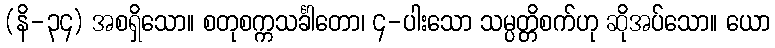
(နိ-၃၄) အစရှိသော။ စတုစက္ကသင်္ခါတော၊ ၄-ပါးသော သမ္ပတ္တိစက်ဟု ဆိုအပ်သော။ ယော